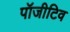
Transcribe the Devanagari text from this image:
पॉजीटिव